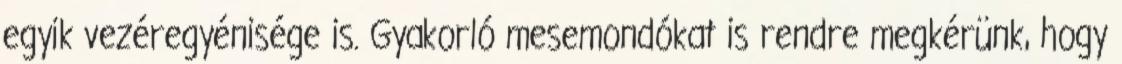
egyik vezéregyénisége is. Gyakorló mesemondókat is rendre megkérünk, hogy